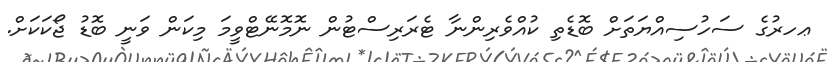
ޢހރުގެ ސަހުސިއްޔަތަށް ބޮޑެތި ކުއްވެރިންނާ ޓެރަރިސްޓުން ނޮމޮނޭޓްވީމަ މިކަން ވަނީ ބޮޑު ޖޯކަކަށް.